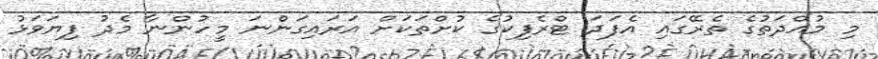
މި މުއްދަތުގެ ތެރޭގައި އެފަދަ ޓްރެފިކުގެ ކުށްތަކަށް އަރައިގަންނަ މީހުންނާ މެދު ފިޔަވަޅު